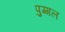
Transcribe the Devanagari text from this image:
पुग्गल